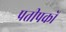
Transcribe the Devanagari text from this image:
प्रतीपकों